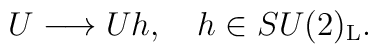
U \longrightarrow Uh, ~~~h\in SU(2)_{\rm L}.